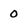
Character: 0